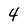
Character: 4